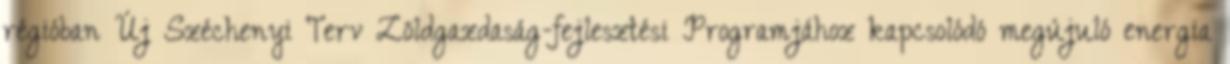
régióban Új Széchenyi Terv Zöldgazdaság-fejlesztési Programjához kapcsolódó megújuló energia